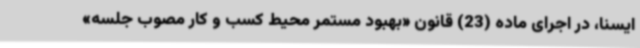
ایسنا، در اجرای ماده (23) قانون «بهبود مستمر محیط کسب و کار مصوب جلسه»